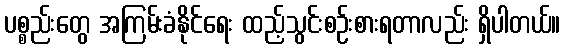
ပစ္စည်းတွေ အကြမ်းခံနိုင်ရေး ထည့်သွင်းစဉ်းစားရတာလည်း ရှိပါတယ်။